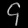
Digit: ၄